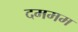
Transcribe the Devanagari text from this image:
दममम